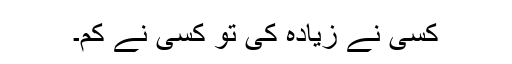
کسی نے زیادہ کی تو کسی نے کم۔